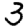
Digit: 3